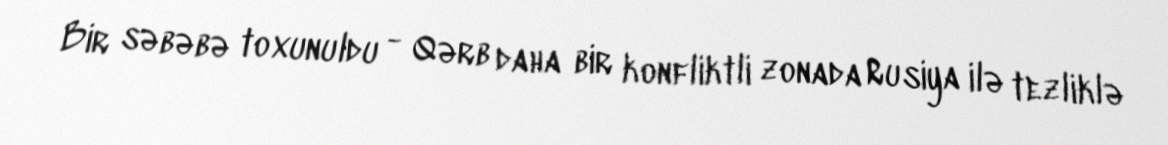
Bir səbəbə toxunuldu - Qərb daha bir konfliktli zonada Rusiya ilə tezliklə